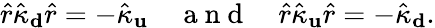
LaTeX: \hat{r}\hat{\kappa}_{\mathbf d}\hat{r}=-\hat{\kappa}_{\mathbf u}\quad\mathrm{~a~n~d~}\quad\hat{r}\hat{\kappa}_{\mathbf u}\hat{r}=-\hat{\kappa}_{\mathbf d}.